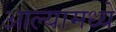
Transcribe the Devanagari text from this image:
आल्यामध्ये